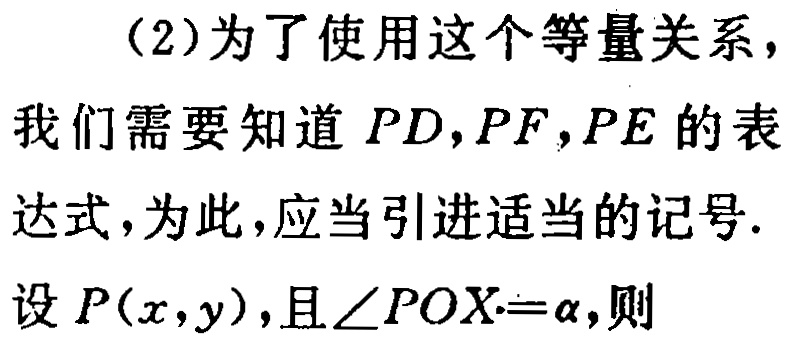
(2)为了使用这个等量关系，
我们需要知道 \(PD,PF,PE\) 的表
达式，为此，应当引进适当的记号.
设 \(P(x,y)\)，且 \(\angle POX=\alpha\)，则